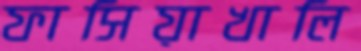
ফাসিয়াখালি